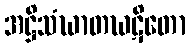
အဋ္ဌိသံဃာတဃဋိတော